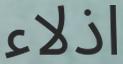
اذلاء